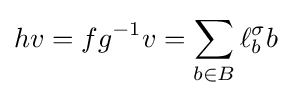
hv=fg^{-1}v=\sum _{b\in B}\ell _{b}^{\sigma }b